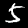
Digit: 5